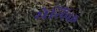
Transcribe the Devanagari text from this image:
येलिक